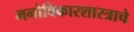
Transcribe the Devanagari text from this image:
मनोविकारशास्त्राचे